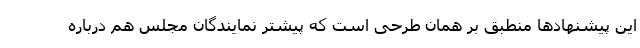
این پیشنهادها منطبق بر همان طرحی است که پیشتر نمایندگان مجلس هم درباره